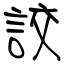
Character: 詨